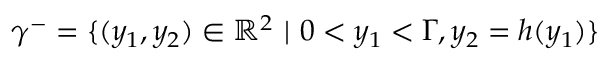
\gamma ^ { - } = \lbrace ( y _ { 1 } , y _ { 2 } ) \in \mathbb { R } ^ { 2 } \ \vert \ 0 < y _ { 1 } < \Gamma , y _ { 2 } = h ( y _ { 1 } ) \rbrace